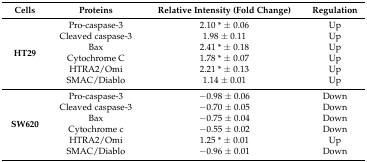
<table><thead><tr><td><b>Cells</b></td><td><b>Proteins</b></td><td><b>Relative Intensity (Fold Change)</b></td><td><b>Regulation</b></td></tr></thead><tbody><tr><td rowspan="6"><b>HT29</b></td><td>Pro-caspase-3</td><td>2.10 * ± 0.06</td><td>Up</td></tr><tr><td>Cleaved caspase-3</td><td>1.98 ± 0.11</td><td>Up</td></tr><tr><td>Bax</td><td>2.41 * ± 0.18</td><td>Up</td></tr><tr><td>Cytochrome C</td><td>1.78 * ± 0.07</td><td>Up</td></tr><tr><td>HTRA2/Omi</td><td>2.21 * ± 0.13</td><td>Up</td></tr><tr><td>SMAC/Diablo</td><td>1.14 ± 0.01</td><td>Up</td></tr><tr><td rowspan="6"><b>SW620</b></td><td>Pro-caspase-3</td><td>−0.98 ± 0.06</td><td>Down</td></tr><tr><td>Cleaved caspase-3</td><td>−0.70 ± 0.05</td><td>Down</td></tr><tr><td>Bax</td><td>−0.75 ± 0.04</td><td>Down</td></tr><tr><td>Cytochrome c</td><td>−0.55 ± 0.02</td><td>Down</td></tr><tr><td>HTRA2/Omi</td><td>1.25* ± 0.01</td><td>Up</td></tr><tr><td>SMAC/Diablo</td><td>−0.96 ± 0.01</td><td>Down</td></tr></tbody></table>